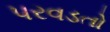
પરવડતો